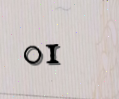
01